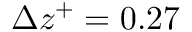
\Delta z ^ { + } = 0 . 2 7